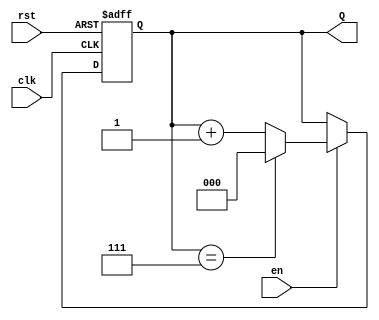
module binary_up_counter (
    input wire clk,     // Clock signal
    input wire rst,     // Asynchronous reset
    input wire en,      // Enable signal
    output reg [n-1:0] Q // Counter output (n-bit)
);
    
    parameter n = 3; // Number of bits for the counter (can be adjusted)

    // Always block triggered on the rising edge of the clock or reset
    always @(posedge clk or posedge rst) begin
        if (rst) begin
            Q <= 0; // Reset the counter to zero
        end else if (en) begin
            if (Q == (1 << n) - 1) begin
                Q <= 0; // Wrap around when maximum value is reached
            end else begin
                Q <= Q + 1; // Increment the counter
            end
        end
    end

endmodule